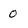
Character: 0